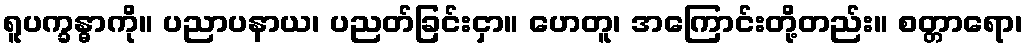
ရူပက္ခန္ဓာကို။ ပညာပနာယ၊ ပညတ်ခြင်းငှာ။ ဟေတူ၊ အကြောင်းတို့တည်း။ စတ္တာရော၊